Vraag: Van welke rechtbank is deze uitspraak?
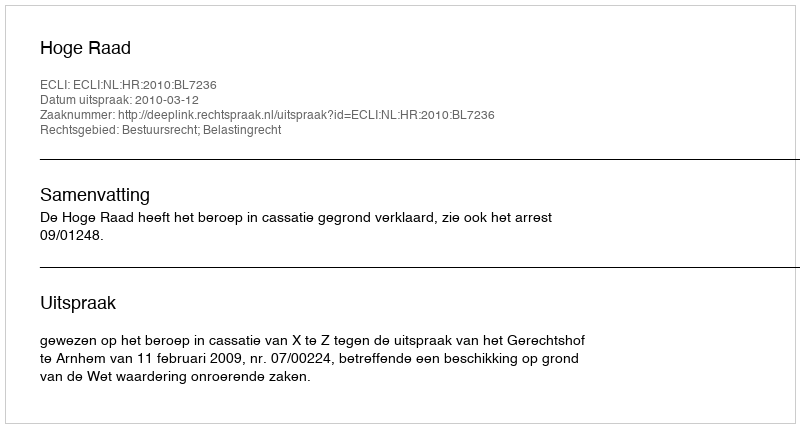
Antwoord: Hoge Raad